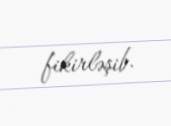
fikirləşib.